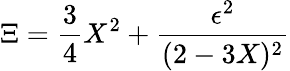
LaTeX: \Xi={\frac{3}{4}}X^{2}+{\frac{\epsilon^{2}}{(2-3X)^{2}}}